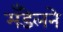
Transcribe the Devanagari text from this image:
मँडेलने